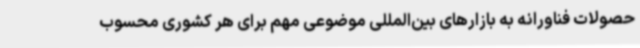
حصولات فناورانه به بازارهای بین‌المللی موضوعی مهم برای هر کشوری محسوب